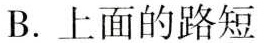
B. 上面的路短